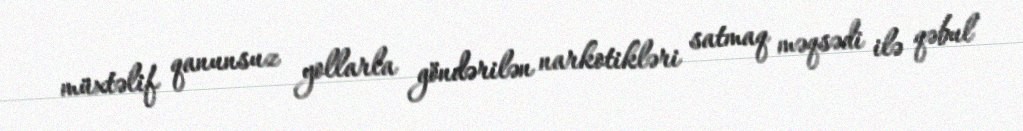
müxtəlif qanunsuz yollarla göndərilən narkotikləri satmaq məqsədi ilə qəbul